Civil Veterinary Department. Central Provinces & Berar 1932-41 - 1932-1941
Year: 1932
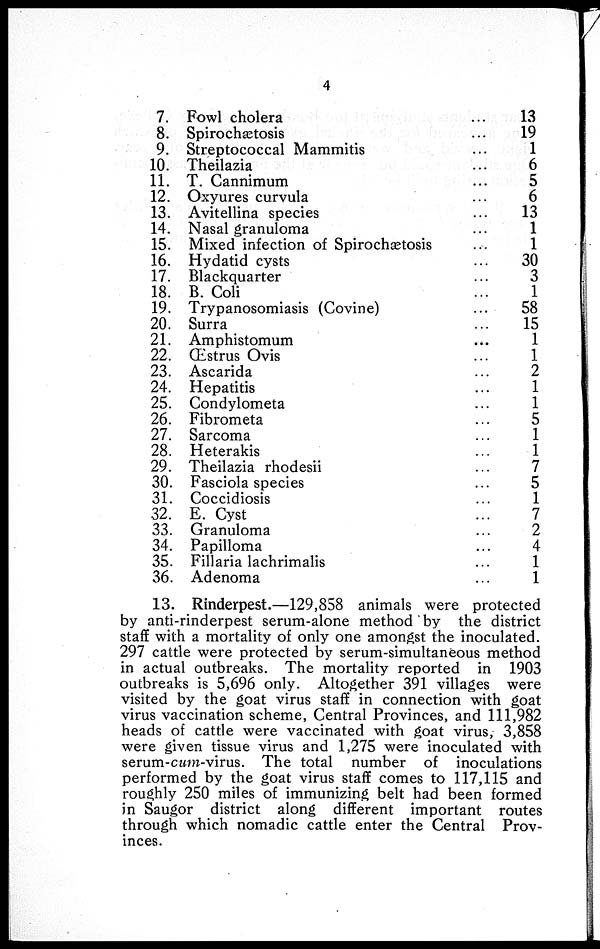
4
7.
8.
9.
10.
11.
12.
13.
14.
15.
16.
17.
18.
19.
20.
21.
22.
23.
24.
25.
26.
27.
28.
29.
30.
31.
32.
33.
34.
35.
36.
Fowl cholera
Spirochætosis
Streptococcal Mammitis
Theilazia
T. Cannimum
Oxyures curvula
Avitellina species
Nasal granuloma
Mixed infection of Spirochætosis
Hydatid cysts
Blackquarter
B. Coli
Trypanosomiasis (Covine)
Surra
Amphistomum
Œstrus Ovis
Ascarida
Hepatitis
Condylometa
Fibrometa
Sarcoma
Heterakis
Theilazia rhodesii
Fasciola species
Coccidiosis
E. Cyst
Granuloma
Papilloma
Fillaria lachrimalis
Adenoma
...
...
...
...
...
...
...
...
...
...
...
...
...
...
...
...
...
...
...
...
...
...
...
...
...
...
...
...
...
...
13
19
1
6
5
6
13
1
1
30
3
1
58
15
1
1
2
1
1
5
1
1
7
5
1
7
2
4
1
1
13. Rinderpest.—129,858 animals were protected
by anti-rinderpest serum-alone method by the district
staff with a mortality of only one amongst the inoculated.
297 cattle were protected by serum-simultaneous method
in actual outbreaks. The mortality reported in 1903
outbreaks is 5,696 only. Altogether 391 villages were
visited by the goat virus staff in connection with goat
virus vaccination scheme, Central Provinces, and 111,982
heads of cattle were vaccinated with goat virus, 3,858
were given tissue virus and 1,275 were inoculated with
serum-cum-virus. The total number of inoculations
performed by the goat virus staff comes to 117,115 and
roughly 250 miles of immunizing belt had been formed
in Saugor district along different important routes
through which nomadic cattle enter the Central Prov-
inces.